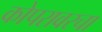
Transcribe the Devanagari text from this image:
कोपरावरचा